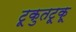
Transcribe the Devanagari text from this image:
टूकुतटूकू